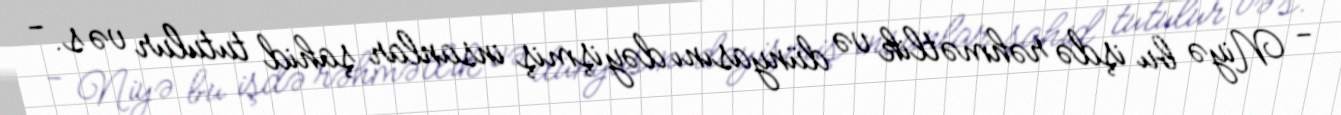
- Niyə bu işdə rəhmətlik və dünyasını dəyişmiş insanlar şahid tutulur və s. -